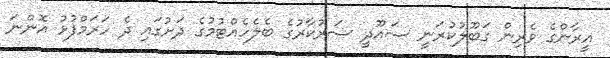
އީރާންގެ ވެރިން ގަބޫލުކުރަނީ ސައޫދީ ސަރުކާރުގެ ބެލެހެއްޓުމުގެ ދަށުގައި ދެ ހަރަމްފުޅު އޮންނަ